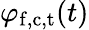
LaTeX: \varphi_{\mathrm{f,c,t}}(t)